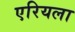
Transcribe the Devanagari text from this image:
एरियला